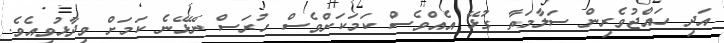
އަދި ހައްޖުވެރިން ސަލާމަތާ ގުޅޭ އެއްވެސް ކަމަކަށްވެސް ހުރަސް ނޭޅޭނެ ކަމަށް ވިދާޅުވިއެވެ.